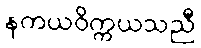
နကယဝိက္ကယသညီ